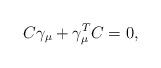
LaTeX: \begin{align*} C\gamma_\mu+\gamma_\mu^T C=0,\end{align*}